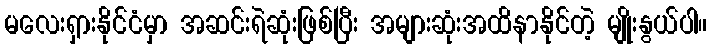
မလေးရှားနိုင်ငံမှာ အဆင်းရဲဆုံးဖြစ်ပြီး အများဆုံးအထိနာနိုင်တဲ့ မျိုးနွယ်ပါ။